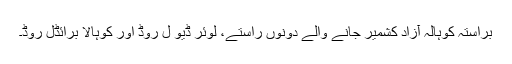
براستہ کوہالہ آزاد کشمیر جانے والے دونوں راستے، لوئر ڈیو ل روڈ اور کوہالا برائڈل روڈ۔